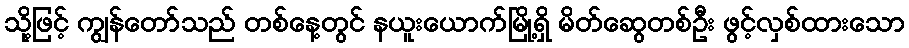
သို့ဖြင့် ကျွန်တော်သည် တစ်နေ့တွင် နယူးယောက်မြို့ရှိ မိတ်ဆွေတစ်ဦး ဖွင့်လှစ်ထားသော